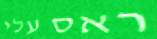
ראס עלי